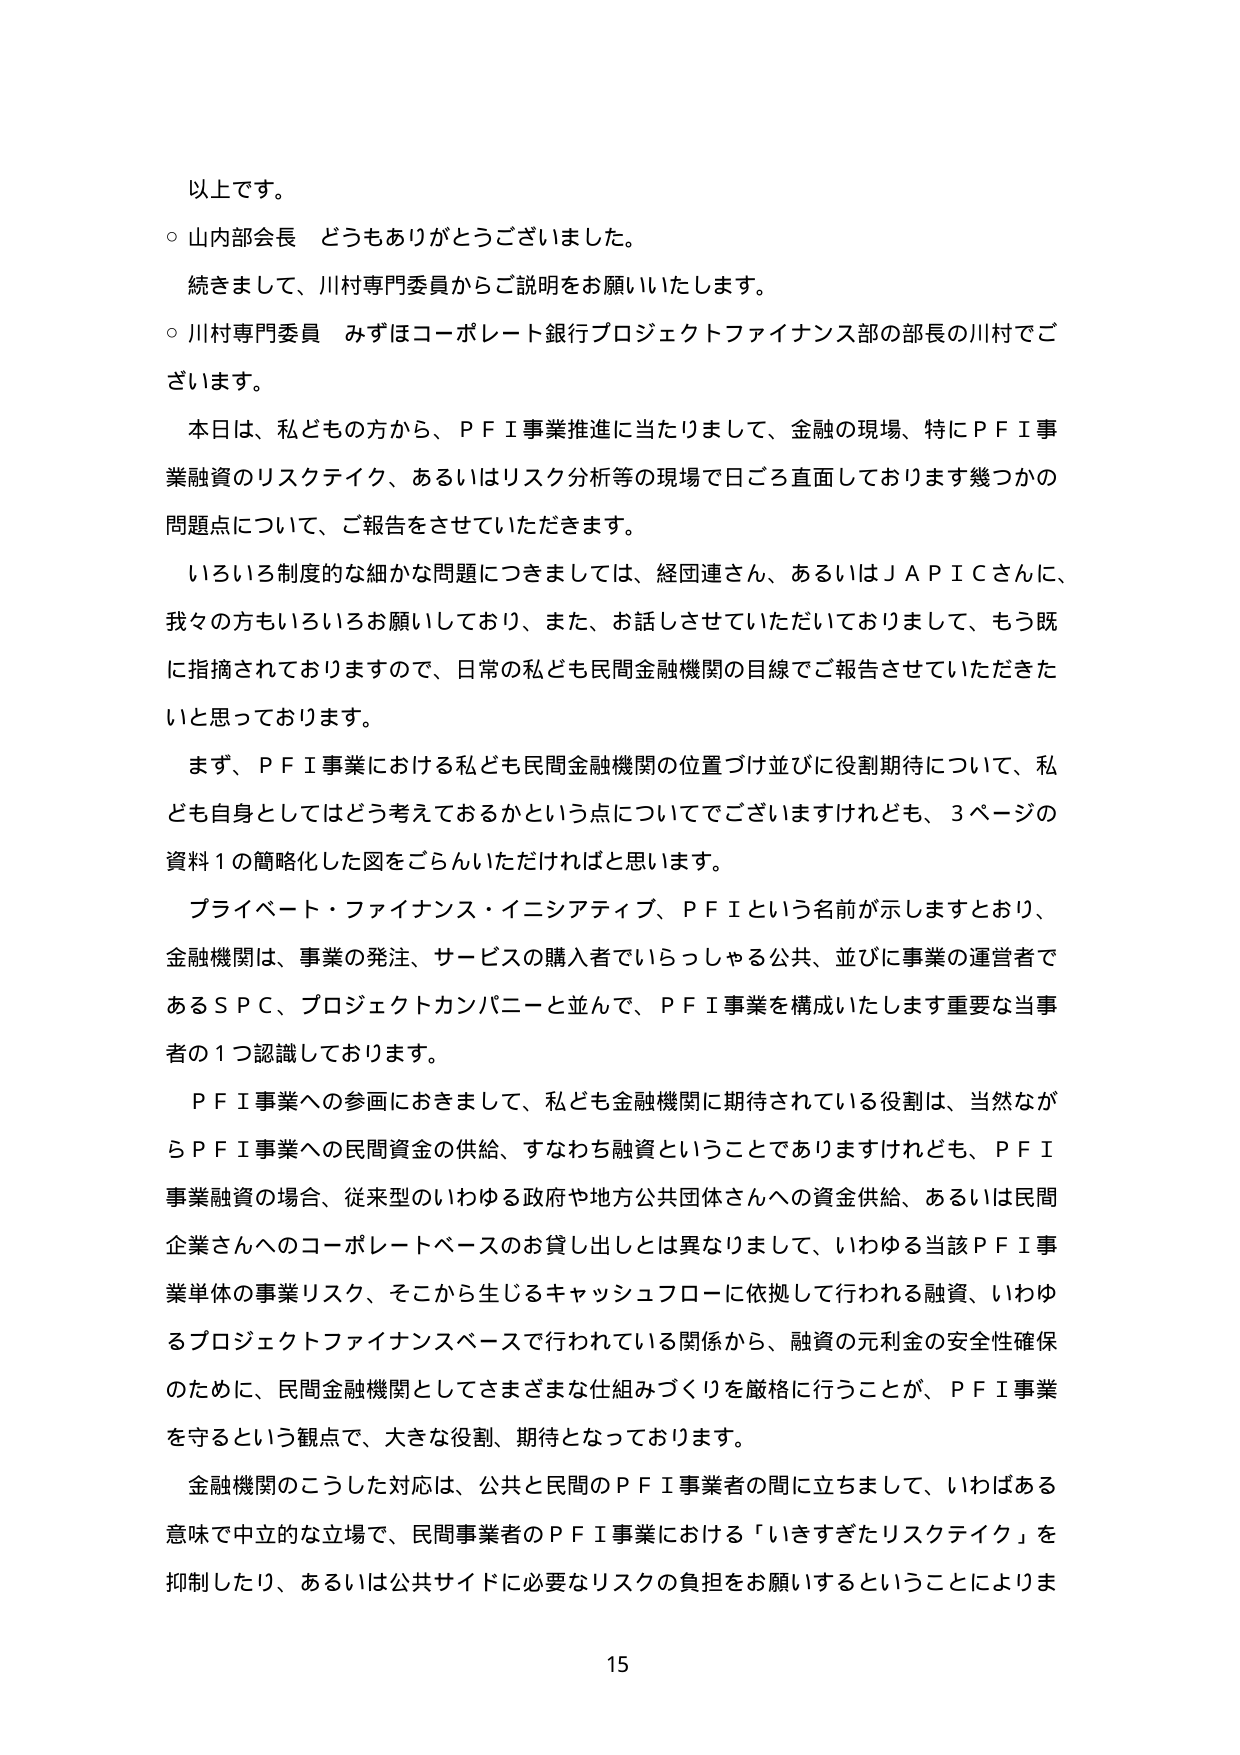
以上です。
○ 山内部会長 どうもありがとうございました。
続きまして、川村専門委員からご説明をお願いいたします。
○ 川村専門委員 みずほコーポレート銀行プロジェクトファイナンス部の部長の川村でございます。
本日は、私どもの方から、ＰＦＩ事業推進に当たりまして、金融の現場、特にＰＦＩ事業融資のリスクテイク、あるいはリスク分析等の現場でごろ直面しております幾つかの問題点について、ご報告をさせていただきます。
いろいろ制度的な細かな問題につきましては、経団連さん、あるいはＪＡＰＩＣさんに、我々の方もいろいろお願いしており、また、お話しさせていただいておりまして、もう既に指摘されておりますので、日常の私ども民間金融機関の目線でご報告させていただきたいと思っております。
まず、ＰＦＩ事業における私ども民間金融機関の位置づけ並びに役割期待について、私ども自身としてはどう考えておるかという点についてでございますけれども、３ページの資料１の簡略化した図をごらんいただければと思います。
プライベート・ファイナンス・イニシアティブ、ＰＦＩという名前が示しますとおり、金融機関は、事業の発注、サービスの購入者でいらっしゃる公共、並びに事業の運営者であるＳＰＣ、プロジェクトカンパニーと並んで、ＰＦＩ事業を構成いたします重要な当事者の１つ認識しております。
ＰＦＩ事業への参画におきまして、私ども金融機関に期待されている役割は、当然ながらＰＦＩ事業への民間資金の供給、すなわち融資ということでありますけれども、ＰＦＩ事業融資の場合、従来型のいわゆる政府や地方公共団体さんへの資金供給、あるいは民間企業さんへのコーポレートベースのお貸し出しとは異なりまして、いわゆる当該ＰＦＩ事業単体の事業リスク、そこから生じるキャッシュフローに依拠して行われる融資、いわゆるプロジェクトファイナンスベースで行われている関係から、融資の元利金の安全性確保のために、民間金融機関としてさまざまな仕組みづくりを厳格に行うことが、ＰＦＩ事業を守るという観点で、大きな役割、期待となっております。
金融機関のこうした対応は、公共と民間のＰＦＩ事業者の間に立ちまして、いわばある意味で中立的な立場で、民間事業者のＰＦＩ事業における「いきすぎたリスクテイク」を抑制したり、あるいは公共サイドに必要なリスクの負担をお願いするということによりま
15